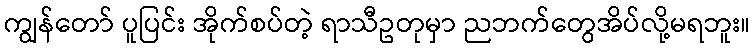
ကျွန်တော် ပူပြင်း အိုက်စပ်တဲ့ ရာသီဥတုမှာ ညဘက်တွေအိပ်လို့မရဘူး။